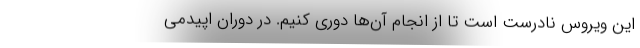
این ویروس نادرست است تا از انجام آن‌ها دوری کنیم. در دوران اپیدمی